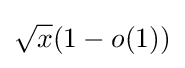
{\sqrt {x}}(1-o(1))